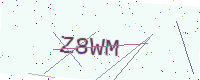
Text: Z8WM